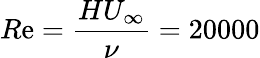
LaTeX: R\mathrm{e}=\frac{{HU_{\infty}}}{{\nu}}=20000